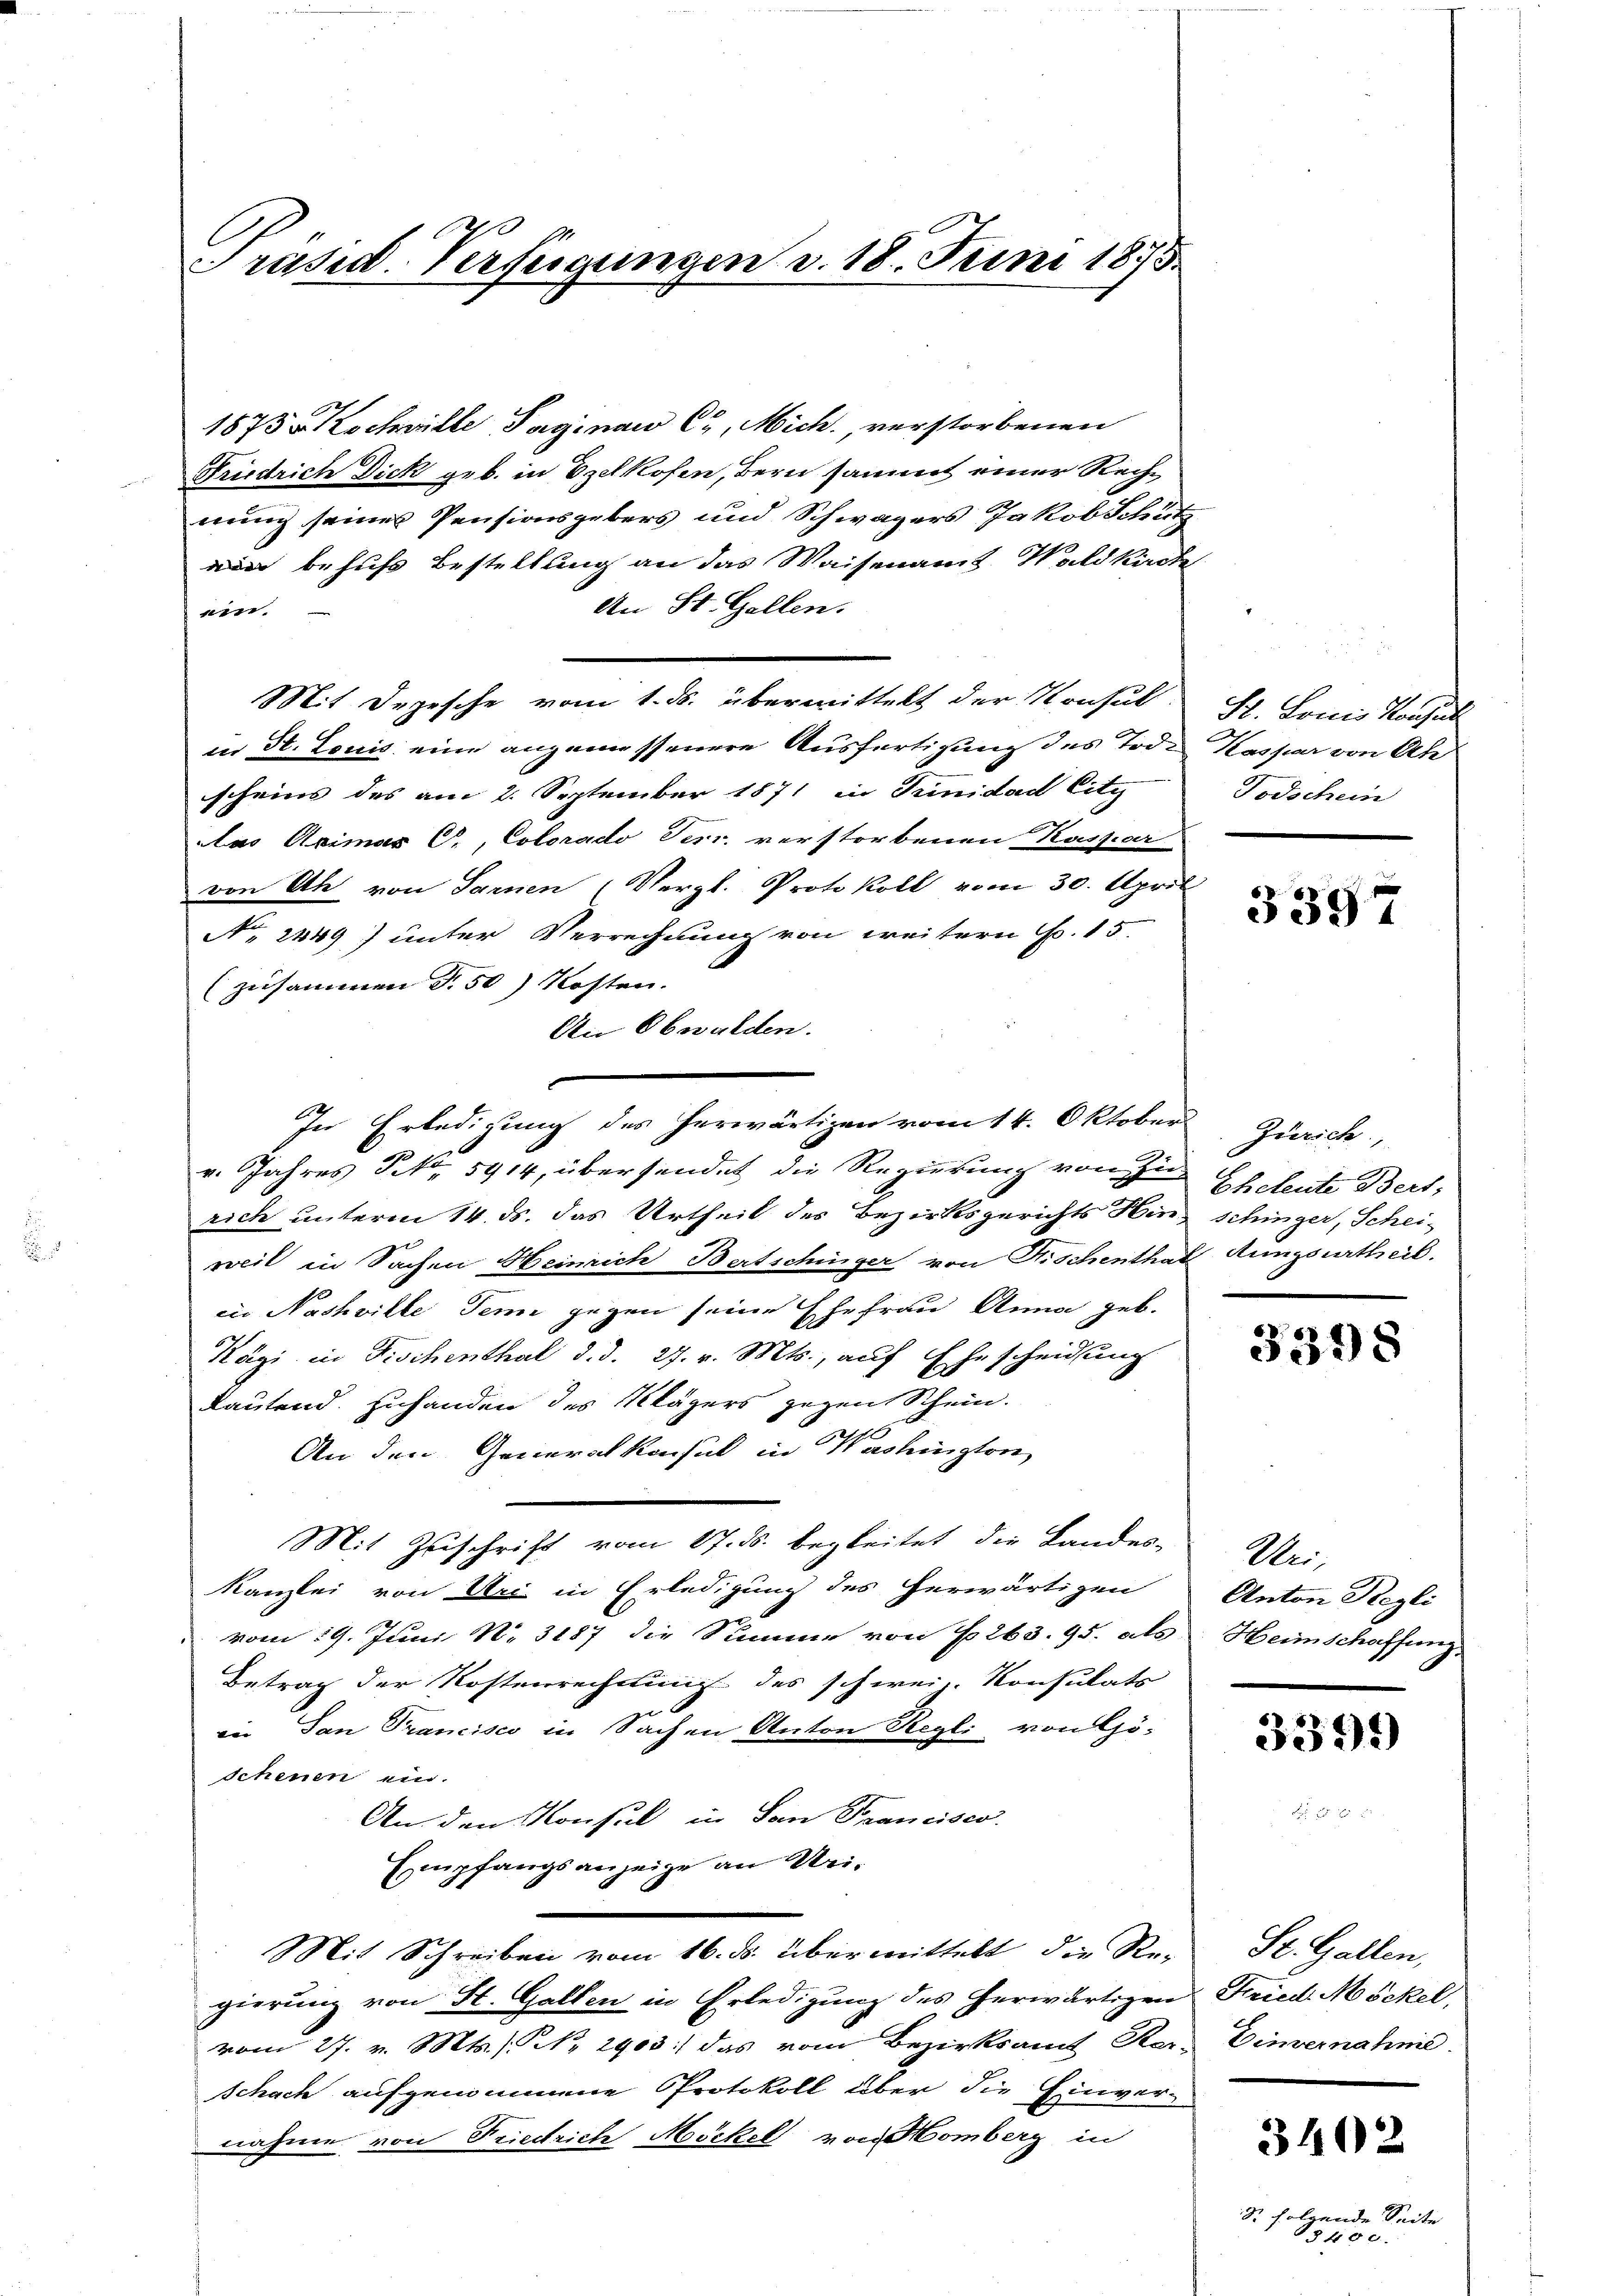
Präsid. Verfügungen v. 18. Juni 1875.

1873 Kochwille Saginau Cr, Mich., verstorbenen
Friedrich Dick geb. in Ezelkofen, Bern sammt einer Rechnung seines Pensionsgebers und Schwagers Jakob Schütz
 behufs Bestellung an das Waisenamt Waldkirche
An St. Gallen.
ein.
Mit Depesche vom 1. ds. übermittelt der Konsul-
der St. Louis eine angemessenere Ausfertigung des Tod. Kasser von Ah
scheins des am 2. September 1871 in Trinidad City
das Aximus C., Colorado Ferr. verstorbenen Kaspar
von Ah von Sarnen (Vergl. Protokoll vom 30. April
No. 2149) unter Verrechnung von weitern Fr. 15.
(zusammen S. 50) Kosten.
An Obwalden.
v. Jahres S. 5914, übersendet die Regierung von Zu-
rich unterm 14. ds. das Urtheil des Bezirksgerichts Hin, schinger, Schei-
weil in Sachen Heinrich Bertschinger von Nischenthat ungsurtheil.
in Nachwille Senn gegen seine Ehefrau Anna geb.
Kägi in Fischenthal d. d. 27. v. Mts., auf Ehescheidung
Rautend. Zuhanden des Klägers gegen Schein.
An den Generalkonsul in Washington
Mit Zuschrift vom 17. ds. begleitet die Landes-
Kanzlei von Uri in Erledigung des herwärtigen
vom 19. Juni No 3187 die Summe von No 263. 95. als Heimschaffung
Betrag der Kostenrechnung des schwein Konsulats
in San Trancisco in Sachen Anton Regli von Gö-
schenen ein.
An den Konsul in San Francisco
Empfangsanzeige an Uri¬
Mit Schreiben vom 16. ds. übermittelt, die Re-
gierung von St. Gallen in Erledigung des herwärtigen
vom 27. v. Mts. No 2903 das vom Bezirksamt Kar-
Schach aufgenommene Protokoll über die Einvernahme von Friedrich Möckel von Homberg in

In Erledigung des herwärtigen vom 14. Oktober

St. Bannis Konsul
Todschein

3397

Zürich,
Eheleute Bert;

3398

Uri,
Anton Regli

3399

St. Gallen,
Fried Möckel,
Eimernahme.

3402

S. folgende Seite
8400.